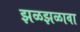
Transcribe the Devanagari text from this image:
झळझळावा